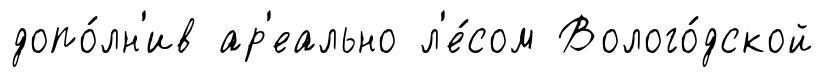
допо́лн'ив ар'еально л'е́сом Волого́дской